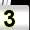
Digit: 3